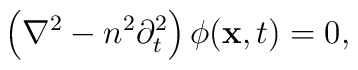
\left(\nabla^2 - n^2 \partial_t^2\right)\phi({\bf x},t) = 0,